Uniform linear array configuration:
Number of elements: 16
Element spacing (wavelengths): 0.5
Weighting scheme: cosine
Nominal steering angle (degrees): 30
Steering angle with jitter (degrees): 28.385
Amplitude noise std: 0.05
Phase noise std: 0.05

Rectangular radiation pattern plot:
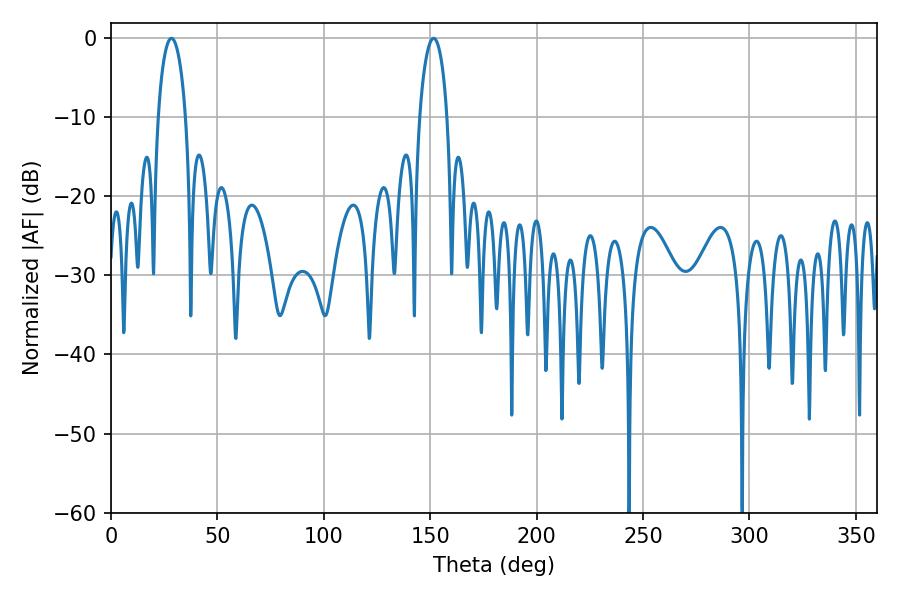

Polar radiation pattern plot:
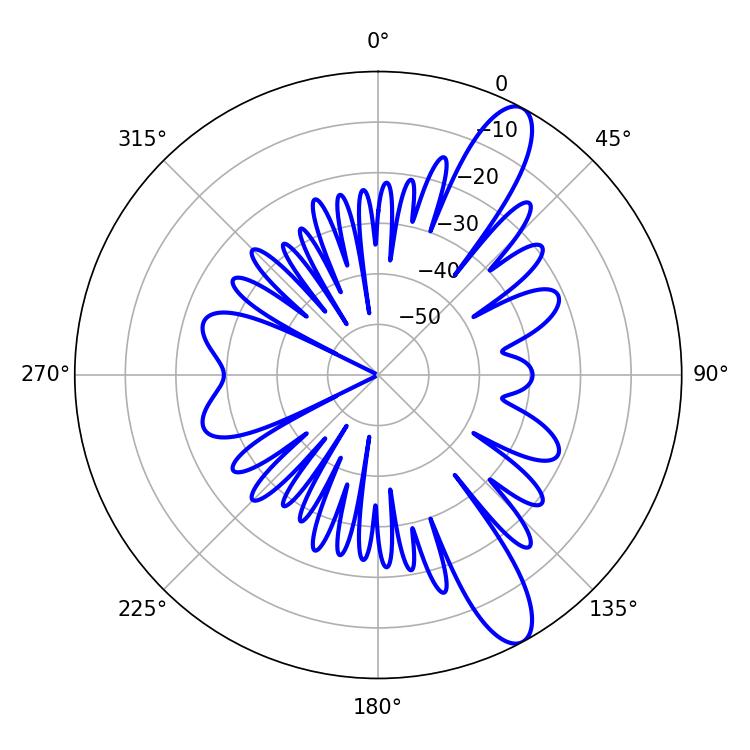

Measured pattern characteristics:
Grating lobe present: FALSE
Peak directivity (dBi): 11.696
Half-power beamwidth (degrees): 7.38
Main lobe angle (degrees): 28.44